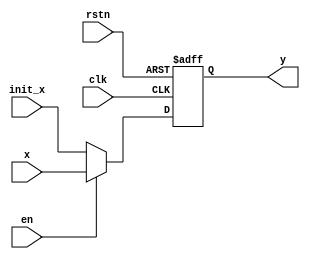
module flow #(parameter NUM = 0, parameter WIDTH = 8) (
	input												clk, rstn, en,
	input		[WIDTH-1:0]					x, init_x,
	output	[(NUM+1)*WIDTH-1:0]	y
);

reg [(NUM+1)*WIDTH-1:0]	data;
/* wire [NUM*WIDTH-1:0]		data2 = data[NUM*WIDTH-1:0]; */

/* always @(*) begin */
/* 	data2 <= data[NUM*WIDTH-1:0]; */
/* end */

always @(posedge clk, negedge rstn) begin
	if (!rstn)	begin
		data <= 0;
	end
	else if (clk) begin
		if (en) data[WIDTH-1:0] <= x;
		else data[WIDTH-1:0] <= init_x;
		if (NUM != 0) data[(NUM+1)*WIDTH-1:WIDTH] <= data[NUM*WIDTH-1:0];
	end
end

assign y = data;
endmodule